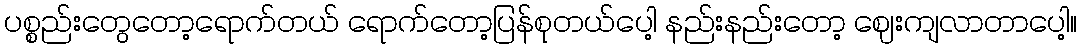
ပစ္စည်းတွေတော့ရောက်တယ် ရောက်တော့ပြန်စုတယ်ပေါ့ နည်းနည်းတော့ ဈေးကျလာတာပေါ့။